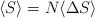
LaTeX: \begin{align*}\langle S \rangle =N \langle \Delta S \rangle\end{align*}